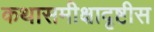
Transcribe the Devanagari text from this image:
कथासमीक्षादृष्टीस